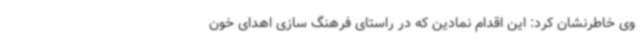
وی خاطرنشان کرد: این اقدام نمادین که در راستای فرهنگ سازی اهدای خون